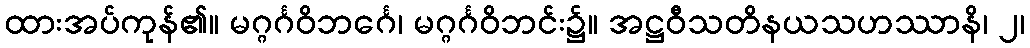
ထားအပ်ကုန်၏။ မဂ္ဂင်္ဂဝိဘင်္ဂေ၊ မဂ္ဂင်္ဂဝိဘင်း၌။ အဋ္ဌဝီသတိနယသဟဿာနိ၊ ၂၊